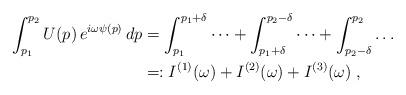
LaTeX: \begin{align*}\int_{p_1}^{p_2} U(p) \, e^{i \omega \psi(p)} \, dp& = \int_{p_1}^{p_1 + \delta} \dots + \int_{p_1 + \delta}^{p_2-\delta} \dots + \int_{p_2-\delta}^{p_2} \dots \\& =: I^{(1)}(\omega) + I^{(2)}(\omega) + I^{(3)}(\omega) \; ,\end{align*}